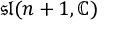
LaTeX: { \mathfrak { s l } } ( n + 1 , \mathbb { C } )